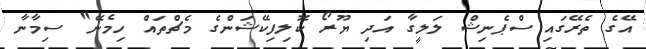
އޭގެ ތެރޭގައި ސްޕެނިޝް ލަލީގާ އަދި ޔޫރޯ ކޮލިފިކޭޝަންގެ މެޗްތައް ހިމެނޭ" ސިމާނާ